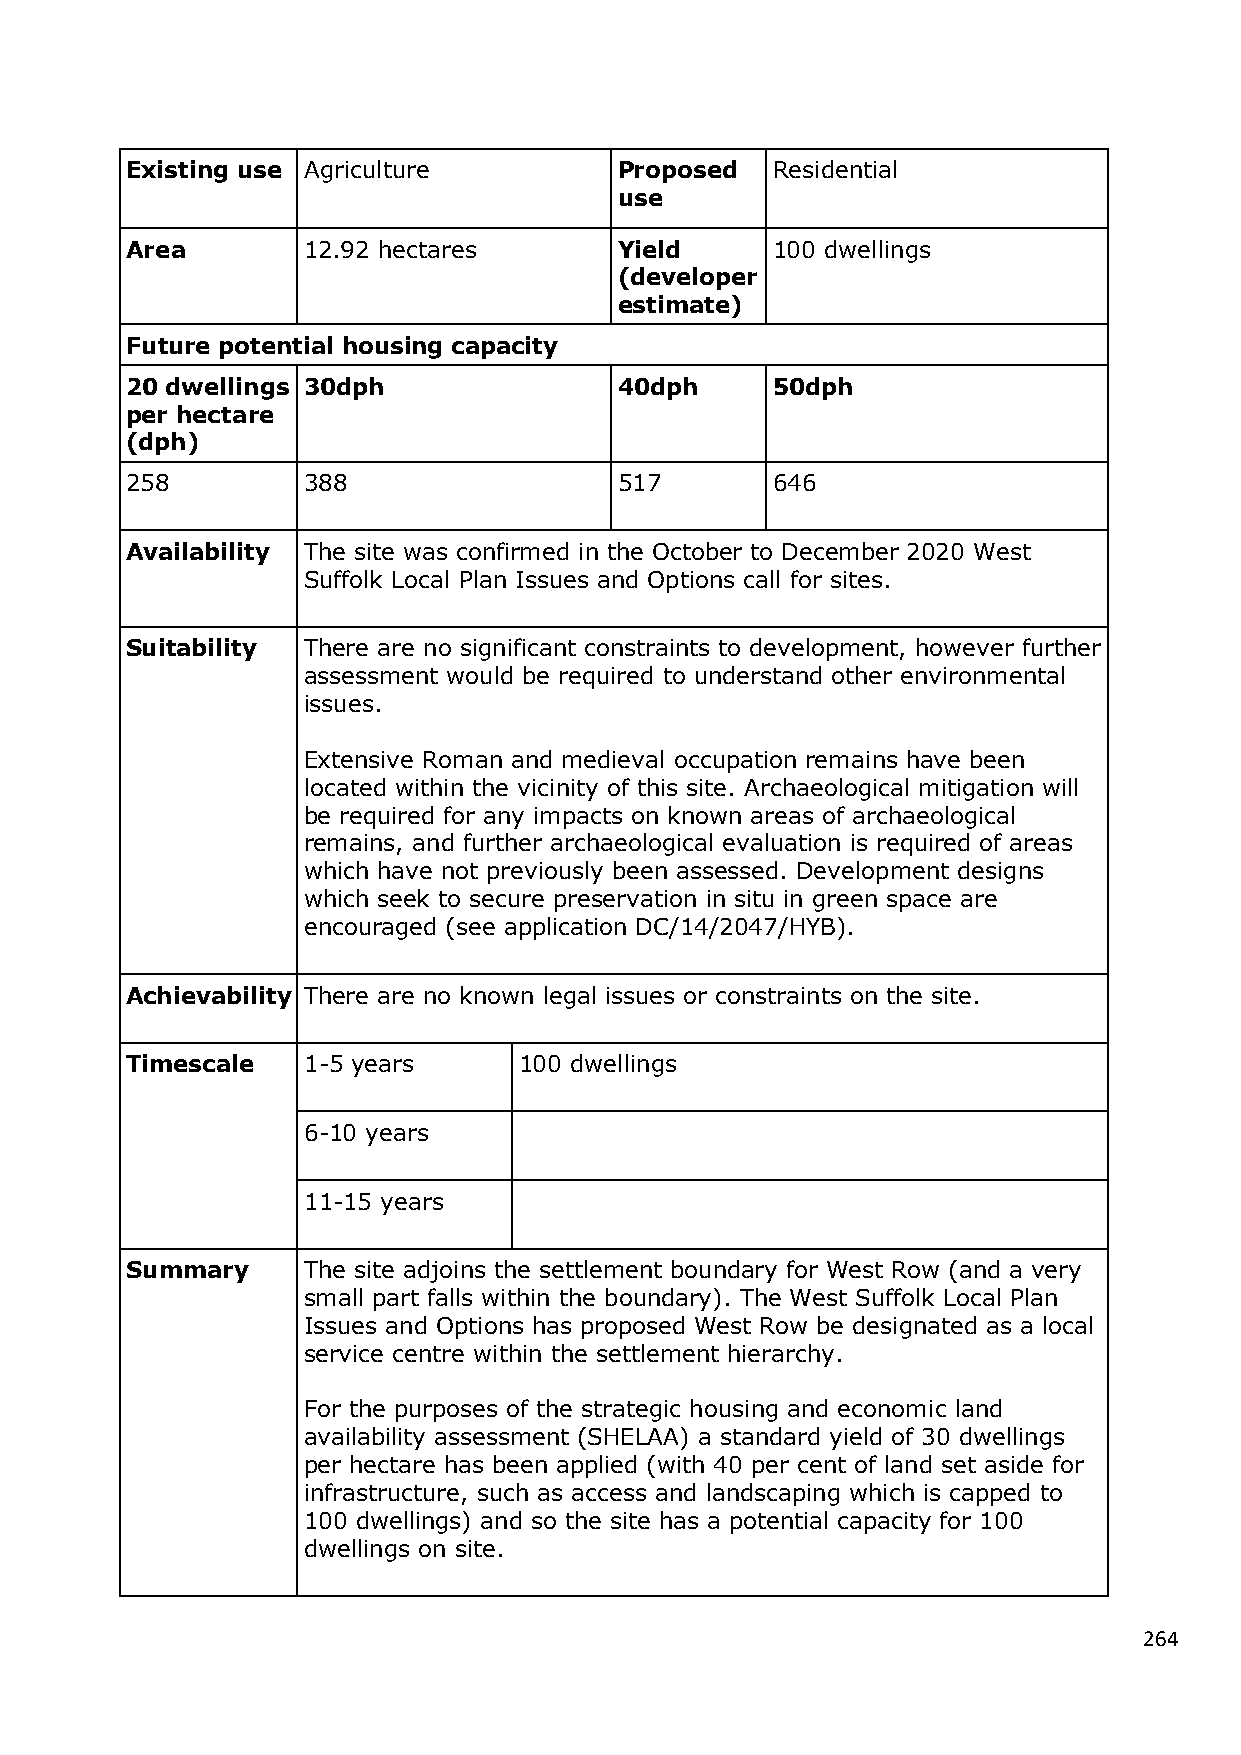
Existing use Agriculture         Proposed  Residential
 use
 Area        12.92 hectares       Yield     100 dwellings
 (developer
 estimate)
 Future potential housing capacity
 20 dwellings 30dph               40dph     50dph
 per hectare
 (dph)
 258         388                  517       646
 Availability The site was confirmed in the October to December 2020 West
 Suffolk Local Plan Issues and Options call for sites.
 Suitability There are no significant constraints to development, however further
 assessment would be required to understand other environmental
 issues.
 Extensive Roman and medieval occupation remains have been
 located within the vicinity of this site. Archaeological mitigation will
 be required for any impacts on known areas of archaeological
 remains, and further archaeological evaluation is required of areas
 which have not previously been assessed. Development designs
 which seek to secure preservation in situ in green space are
 encouraged (see application DC/14/2047/HYB).
 Achievability There are no known legal issues or constraints on the site.
 Timescale   1-5 years     100 dwellings
 6-10 years
 11-15 years
 Summary     The site adjoins the settlement boundary for West Row (and a very
 small part falls within the boundary). The West Suffolk Local Plan
 Issues and Options has proposed West Row be designated as a local
 service centre within the settlement hierarchy.
 For the purposes of the strategic housing and economic land
 availability assessment (SHELAA) a standard yield of 30 dwellings
 per hectare has been applied (with 40 per cent of land set aside for
 infrastructure, such as access and landscaping which is capped to
 100 dwellings) and so the site has a potential capacity for 100
 dwellings on site.
 264